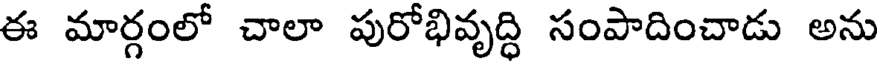
ఈ మార్గంలో చాలా పురోభివృద్ధి సంపాదించాడు అను